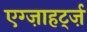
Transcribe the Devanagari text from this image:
एग्ज़ाहर्ट्ज़